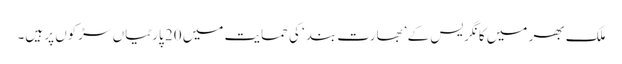
ملک بھر میں کانگریس کے ’بھارت بند‘ کی حمایت میں 20 پارٹیاں سڑکوں پر ہیں۔